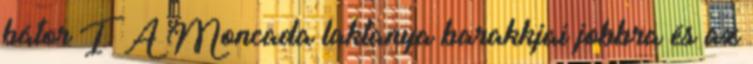
bátor I. A Moncada laktanya barakkjai jobbra és az